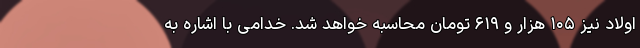
اولاد نیز ۱۰۵ هزار و ۶۱۹ تومان محاسبه خواهد شد. خدامی با اشاره به